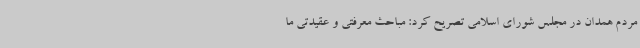
مردم همدان در مجلس شورای اسلامی تصریح کرد: مباحث معرفتی و عقیدتی ما